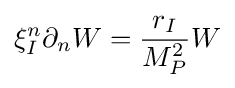
\xi _{I}^{n}\partial _{n}W={\frac {r_{I}}{M_{P}^{2}}}W